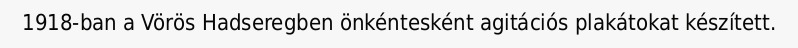
1918-ban a Vörös Hadseregben önkéntesként agitációs plakátokat készített.